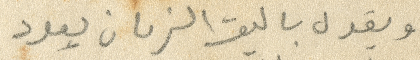
ويقول يا ليت الزمان يعود